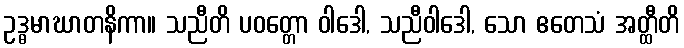
ဥဒ္ဓမာဃာတနိကာ။ သညီတိ ပဝတ္တော ဝါဒေါ, သညီဝါဒေါ, သော ဧတေသံ အတ္ထီတိ